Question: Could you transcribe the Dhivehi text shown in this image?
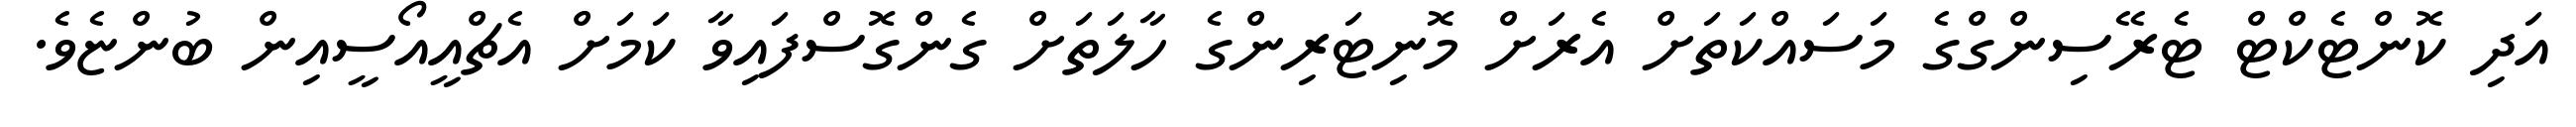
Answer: އަދި ކޮންޓެކްޓް ޓެރޭސިންގްގެ މަސައްކަތަށް އެރަށް މޮނިޓަރިންގެ ހާލަތަށް ގެންގޮސްފައިވާ ކަމަށް އެޗްއީއޯސީއިން ބުންޏެވެ.